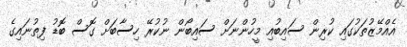
އެއްމޭޒުތަކުގައި ކުރިން ސައިބުއި މީހުންނަށް ސައިބޯން ނުކުރޭ ހިސާބަށް ގޮސް ބޮޑު ފިތުނައިގެ